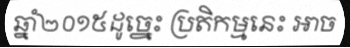
ឆ្នាំ២០១៥ដូច្នេះ ប្រតិកម្មនេះ អាច